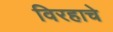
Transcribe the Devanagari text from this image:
विरहाचे